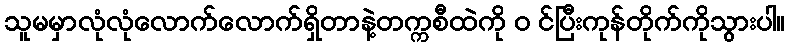
သူမမှာလုံလုံလောက်လောက်ရှိတာနဲ့တက္ကစီထဲကို ၀ င်ပြီးကုန်တိုက်ကိုသွားပါ။